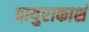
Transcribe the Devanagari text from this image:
वायुराकाशं